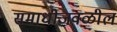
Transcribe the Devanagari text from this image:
समाधीजवळील